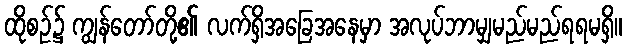
ထိုစဉ်၌ ကျွန်တော်တို့၏ လက်ရှိအခြေအနေမှာ အလုပ်ဘာမျှမည်မည်ရရမရှိ။